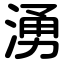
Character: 湧